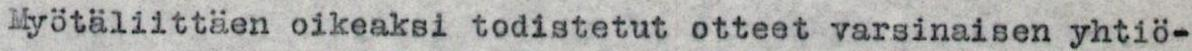
Myötäliittäen oikeaksi todistetut otteet varsinaisen yhtiö-